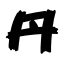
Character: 丹